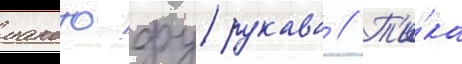
макото фурукава // Т'и́ка